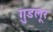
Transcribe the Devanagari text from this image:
गुडलूर